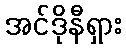
အင်ဒိုနီရှား